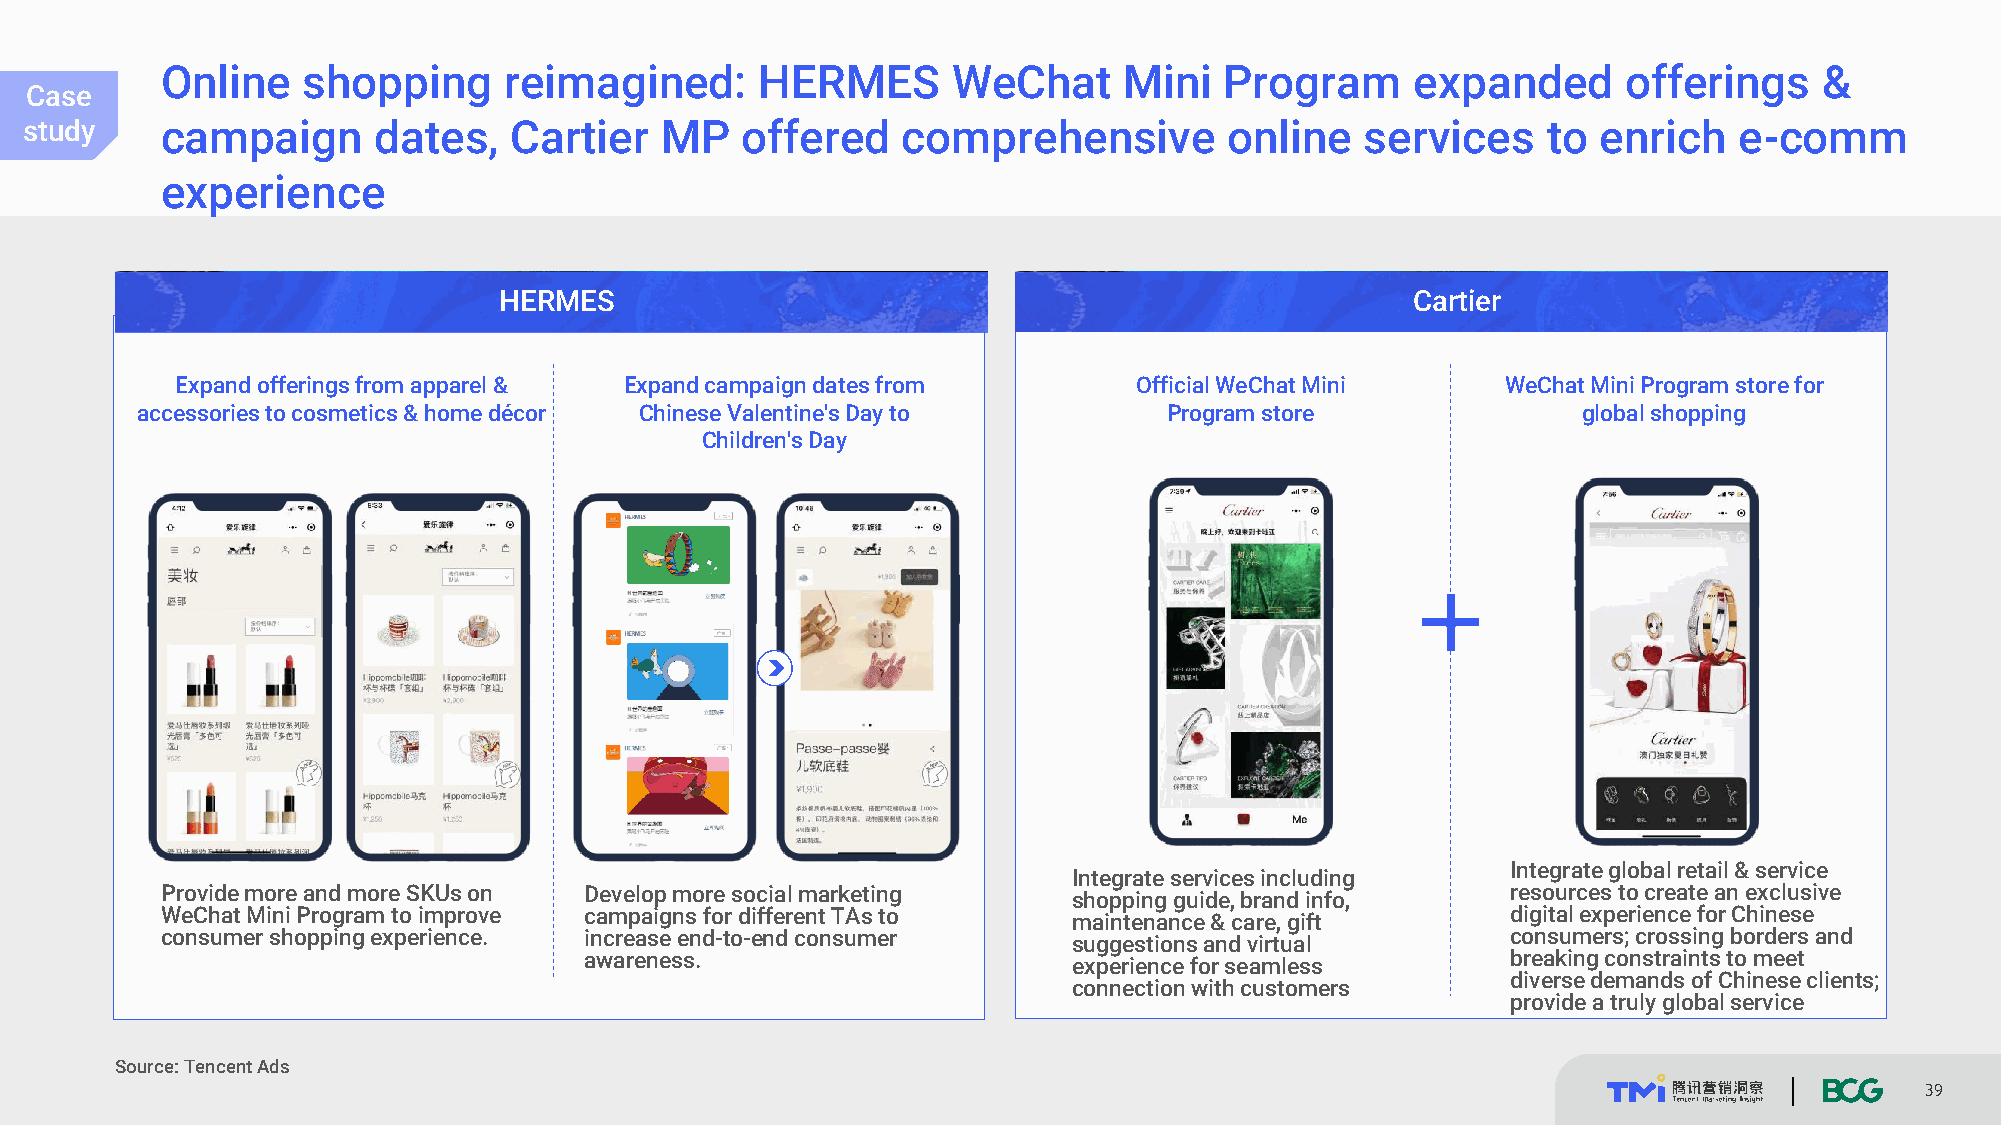
Online   shopping     reimagined:      HERMES       WeChat     Mini   Program      expanded      offerings    &
 Case案
 study例   campaign      dates,   Cartier   MP   offered    comprehensive        online   services    to  enrich   e-comm
 experience
 HERMES                                                       Cartier
 Expand offerings from apparel & Expand campaign dates from     Official WeChat Mini     WeChat Mini Program store for
 accessories to cosmetics & home décor Chinese Valentine's Day to    Program store               global shopping
 Children's Day
 Integrate global retail & service
 Integrate services including
 Provide more and more SKUs on Develop more social marketing shopping guide, brand info,  resources to create an exclusive
 WeChat Mini Program to improve campaigns for different TAs to maintenance & care, gift   digital experience for Chinese
 consumer shopping experience. increase end-to-end consumer  suggestions and virtual      consumers; crossing borders and
 awareness.                      experience for seamless      breaking constraints to meet
 diverse demands of Chinese clients;
 connection with customers
 provide a truly global service
 Source: Tencent Ads
 39